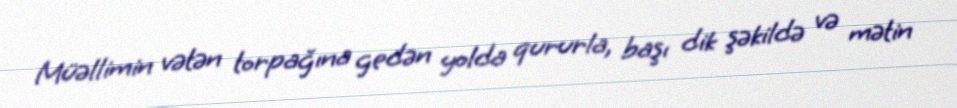
Müəllimin vətən torpağına gedən yolda qururla, başı dik şəkildə və mətin